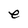
Character: e